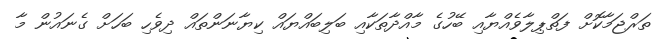
ތަރްޖަމާކޮށް ފަތްޕިލާވެއްޔާއި ބޭހުގެ މާއްދާތަކާއި ބަލިބައްޔައް ކިޔާނަންތައް ދިވެހި ބަހަށް ގެނައުން މާ